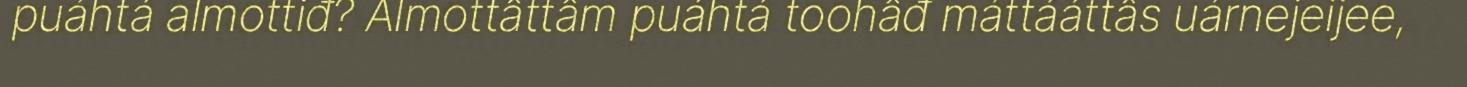
puáhtá almottiđ? Almottâttâm puáhtá toohâđ máttááttâs uárnejeijee,